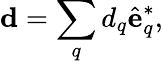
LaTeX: \mathbf{d}=\sum_{q}d_{q}\hat{\mathbf{e}}_{q}^{*},